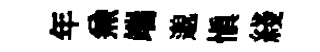
年𠔥端邈愼綫